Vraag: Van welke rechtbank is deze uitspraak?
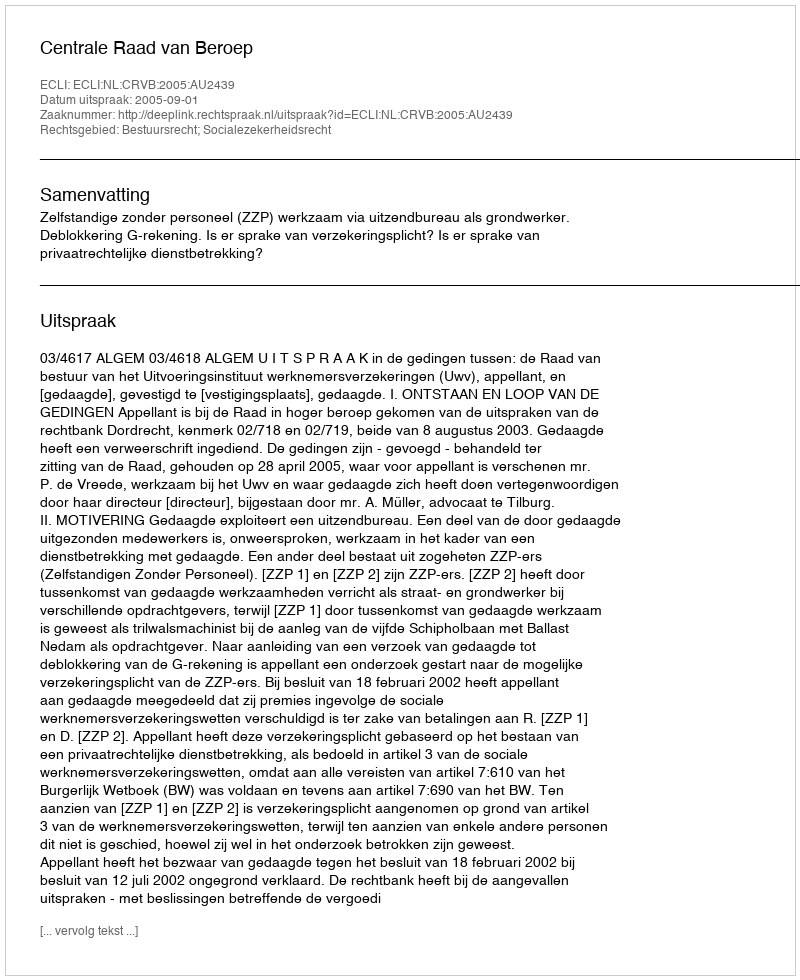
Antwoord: Centrale Raad van Beroep